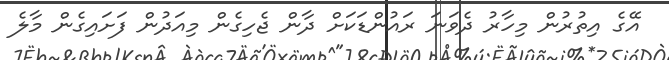
އޭގެ އިތުރުން މިހާރު ދެވަނަ ރައުންޑަކަށް ދާން ޖެހިގެން މިއަދުން ފަށައިގެން މާލެ